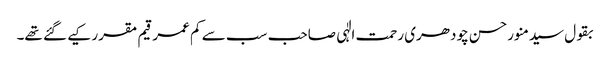
بقول سیدمنورحسن چودھری رحمت الٰہی صاحب سب سے کم عمر قیم مقرر کیے گئے تھے۔